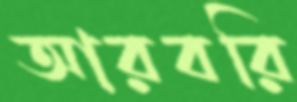
আরবরি